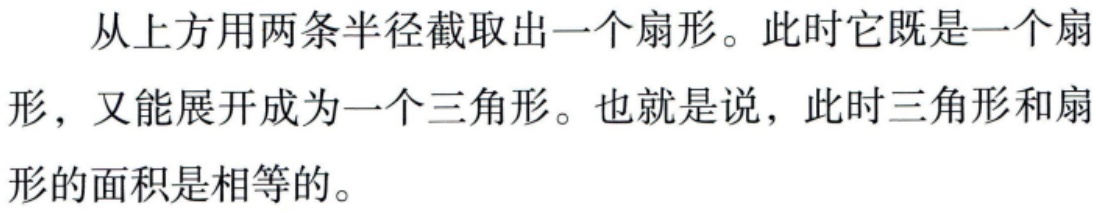
从上方用两条半径截取出一个扇形。此时它既是一个扇
形，又能展开成为一个三角形。也就是说，此时三角形和扇
形的面积是相等的。